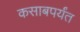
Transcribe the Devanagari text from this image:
कसाबपर्यंत